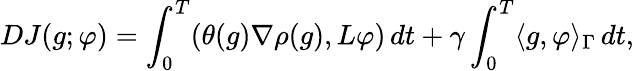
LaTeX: DJ(g;\varphi)=\int_{0}^{T}(\theta(g)\nabla\rho(g),L\varphi)\, dt+\gamma\int_{0}^{T}\langle g,\varphi\rangle_{\Gamma}\, dt,